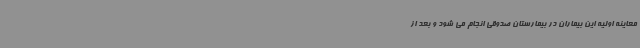
معاینه اولیه این بیماران در بیمارستان صدوقی انجام می شود و بعد از